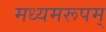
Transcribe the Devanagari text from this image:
मध्यमरूपम्